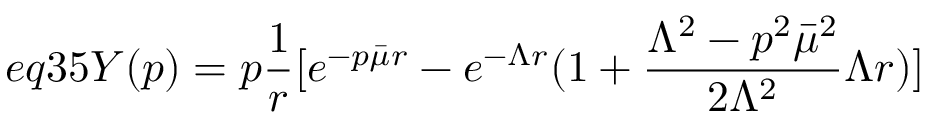
e q 3 5 Y ( p ) = p \frac { 1 } { r } [ e ^ { - p \bar { \mu } r } - e ^ { - \Lambda r } ( 1 + \frac { \Lambda ^ { 2 } - p ^ { 2 } \bar { \mu } ^ { 2 } } { 2 \Lambda ^ { 2 } } \Lambda r ) ]